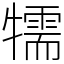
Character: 㹘